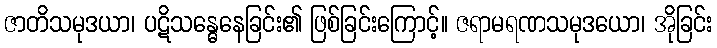
ဇာတိသမုဒယာ၊ ပဋိသန္ဓေနေခြင်း၏ ဖြစ်ခြင်းကြောင့်။ ဇရာမရဏသမုဒယော၊ အိုခြင်း